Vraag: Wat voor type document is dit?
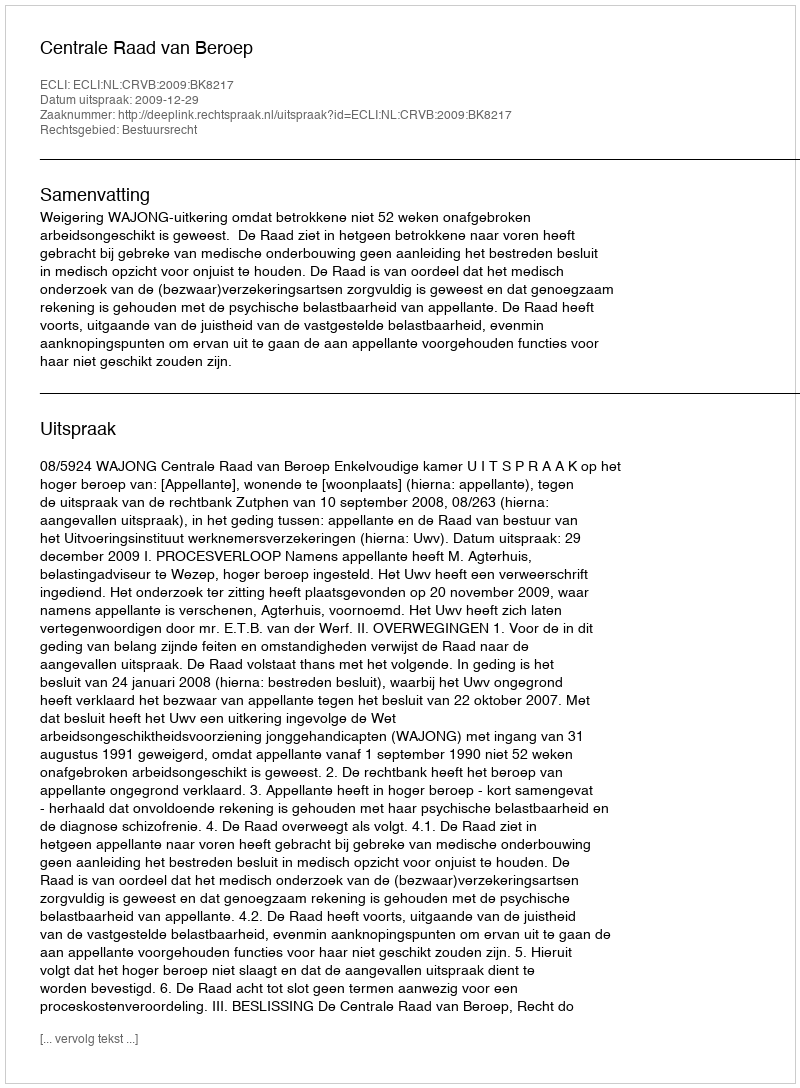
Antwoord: Uitspraak